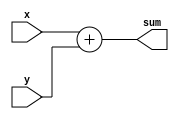
// Implement the following circuit
//
//		   x[3] y[3]  x[2] y[2]  x[1] y[1]   x[0] y[0]
//          |    |     |    |      |    |     |    |
//         +------+   +------+   +------+   +------+
//   +-----|  FA  |---|  FA  |---|  FA  |---|  FA  |
//   |     +------+   +------+   +------+   +------+
//   |         |          |         |          |
// sum[4]    sum[3]     sum[2]    sum[1]    sum[0]

module top_module (
    input [3:0] x,
    input [3:0] y, 
    output [4:0] sum);

    assign sum = x + y;
    
endmodule